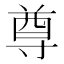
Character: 尊